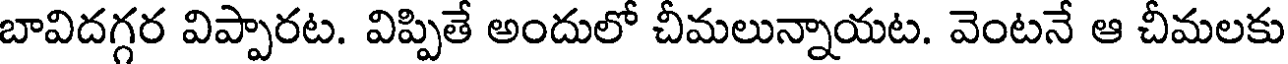
బావిదగ్గర విప్పారట. విప్పితే అందులో చీమలున్నాయట. వెంటనే ఆ చీమలకు